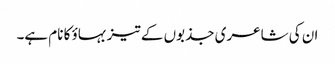
ان کی شاعری جذبوں کے تیز بہاؤ کا نام ہے۔